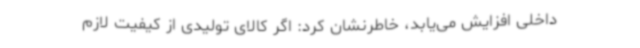
داخلی افزایش می‌یابد، خاطرنشان ‌کرد: اگر کالای تولیدی از کیفیت لازم